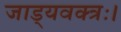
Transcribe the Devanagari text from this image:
जाड्यवक्त्रः।